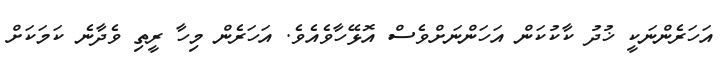
އަހަރެންނަކީ ޚުދު ކާކުކަން އަހަންނަށްވެސް އޮޅޭހާވެއެވެ. އަހަރެން މިހާ ރީތި ވެދާނެ ކަމަކަށް